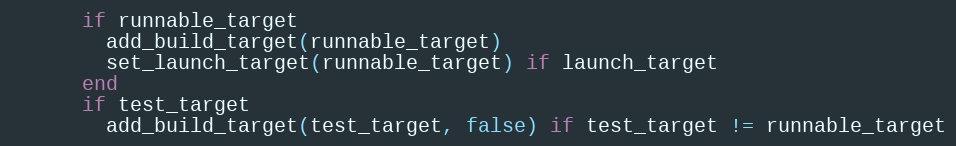
Language: Ruby
      if runnable_target
        add_build_target(runnable_target)
        set_launch_target(runnable_target) if launch_target
      end
      if test_target
        add_build_target(test_target, false) if test_target != runnable_target